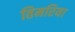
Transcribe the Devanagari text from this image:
तिमरिया